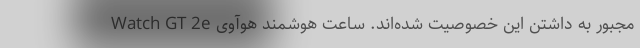
مجبور به داشتن این خصوصیت شده‌اند. ساعت هوشمند هوآوی Watch GT 2e